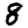
Digit: 8